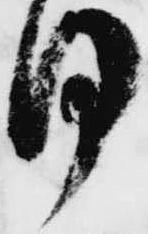
同